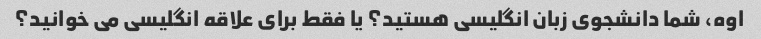
اوه، شما دانشجوی زبان انگلیسی هستید؟ یا فقط برای علاقه انگلیسی می خوانید؟